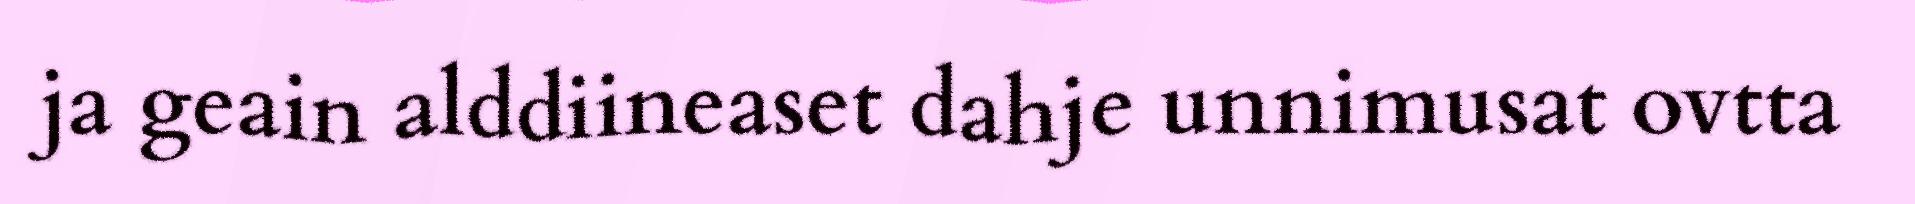
ja geain alddiineaset dahje unnimusat ovtta